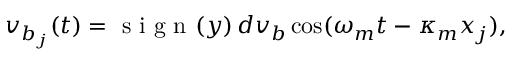
v _ { b _ { j } } ( t ) = \mathrm { ~ s ~ i ~ g ~ n ~ } ( y ) \, d v _ { b } \cos ( \omega _ { m } t - \kappa _ { m } x _ { j } ) ,